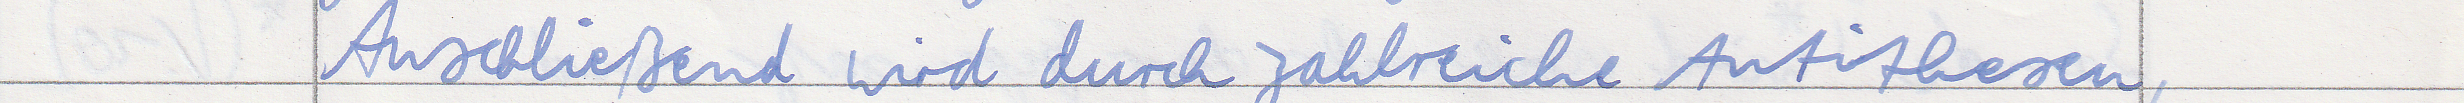
Anschließend wird durch zahlreiche Antithesen